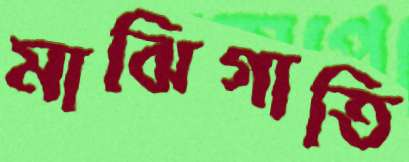
মাঝিগাতি